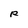
Character: R